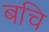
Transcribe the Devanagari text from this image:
बचि